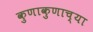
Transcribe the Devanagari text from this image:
कुणाकुणाच्या